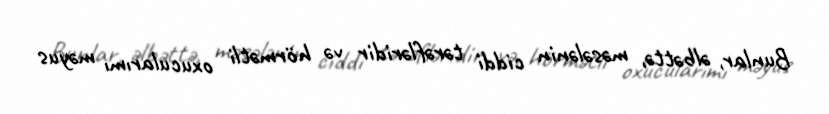
Bunlar, əlbəttə, məsələnin ciddi tərəfləridir və hörmətli oxucularımı məyus